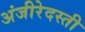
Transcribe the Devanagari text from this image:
अंजीरेदस्ती